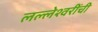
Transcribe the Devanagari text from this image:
लल्लेश्वरींची